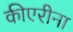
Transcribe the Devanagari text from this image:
कीएरीना